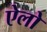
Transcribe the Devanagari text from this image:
ऐलो